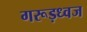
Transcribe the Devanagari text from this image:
गरूड़ध्वज